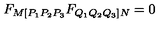
F _ { M [ P _ { 1 } P _ { 2 } P _ { 3 } } F _ { Q _ { 1 } Q _ { 2 } Q _ { 3 } ] N } = 0